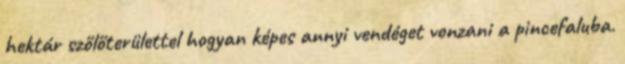
hektár szőlőterülettel hogyan képes annyi vendéget vonzani a pincefaluba.